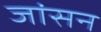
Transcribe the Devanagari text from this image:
जांसन